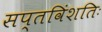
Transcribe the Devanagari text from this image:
सप्तविंशतिः